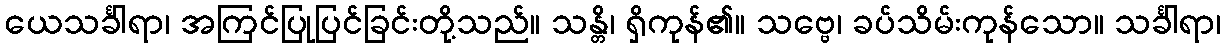
ယေသင်္ခါရာ၊ အကြင်ပြုပြင်ခြင်းတို့သည်။ သန္တိ၊ ရှိကုန်၏။ သဗ္ဗေ၊ ခပ်သိမ်းကုန်သော။ သင်္ခါရာ၊